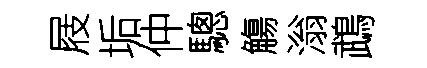
屐垢仲驄觴滃鵡